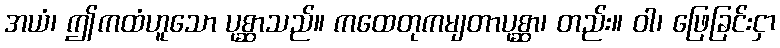
အယံ၊ ဤကထံဟူသော ပုစ္ဆာသည်။ ကထေတုကမျတာပုစ္ဆာ၊ တည်း။ ဝါ၊ ဖြေခြင်းငှာ